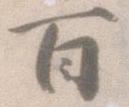
百